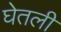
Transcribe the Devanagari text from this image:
घेेतली